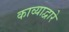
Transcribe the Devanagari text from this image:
काव्याद्वारे